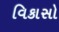
વિકાસો